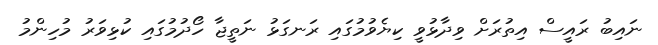
ނައިބު ރައީސް އިތުރަށް ވިދާޅުވީ ކިޔެވުމުގައި ރަނގަޅު ނަތީޖާ ހޯދުމުގައި ކުޅިވަރު މުހިންމު